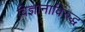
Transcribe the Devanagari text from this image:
विज्ञानाविरुद्ध